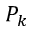
P _ { k }